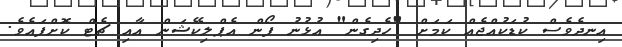
އިނދެވެސް ކުޑަކުއްޖެއް ކަމަށް "ހެދިގެން" އުޅުނު ފޯން އެޕްލިކޭޝަން އާއި ޗެޓް ކޮށްފައެވެ.